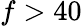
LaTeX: f>40